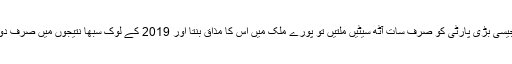
اگرکانگریس جیسی بڑی پارٹی کو صرف سات آٹھ سیٹیں ملتیں تو پورے ملک میں اس کا مذاق بنتا اور 2019 کے لوک سبھا نتیجوں میں صرف دو یا تین سیٹیں ۔